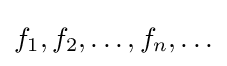
f_{1},f_{2},\ldots ,f_{n},\ldots